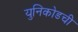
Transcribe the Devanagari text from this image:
युनिकोडची